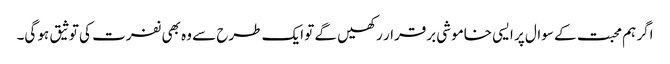
اگر ہم محبت کے سوال پر ایسی خاموشی برقرار رکھیں گے تو ایک طرح سے وہ بھی نفرت کی توثیق ہو گی۔